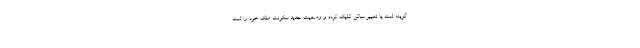
گزینه ثبت یا تغییر ساکن کلیک کرده و وضعیت جدید سکونت ملک خود را ثبت